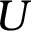
U